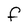
Character: F